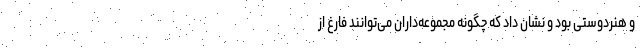
و هنردوستی بود و نشان داد که چگونه مجموعه‌داران می‌توانند فارغ از